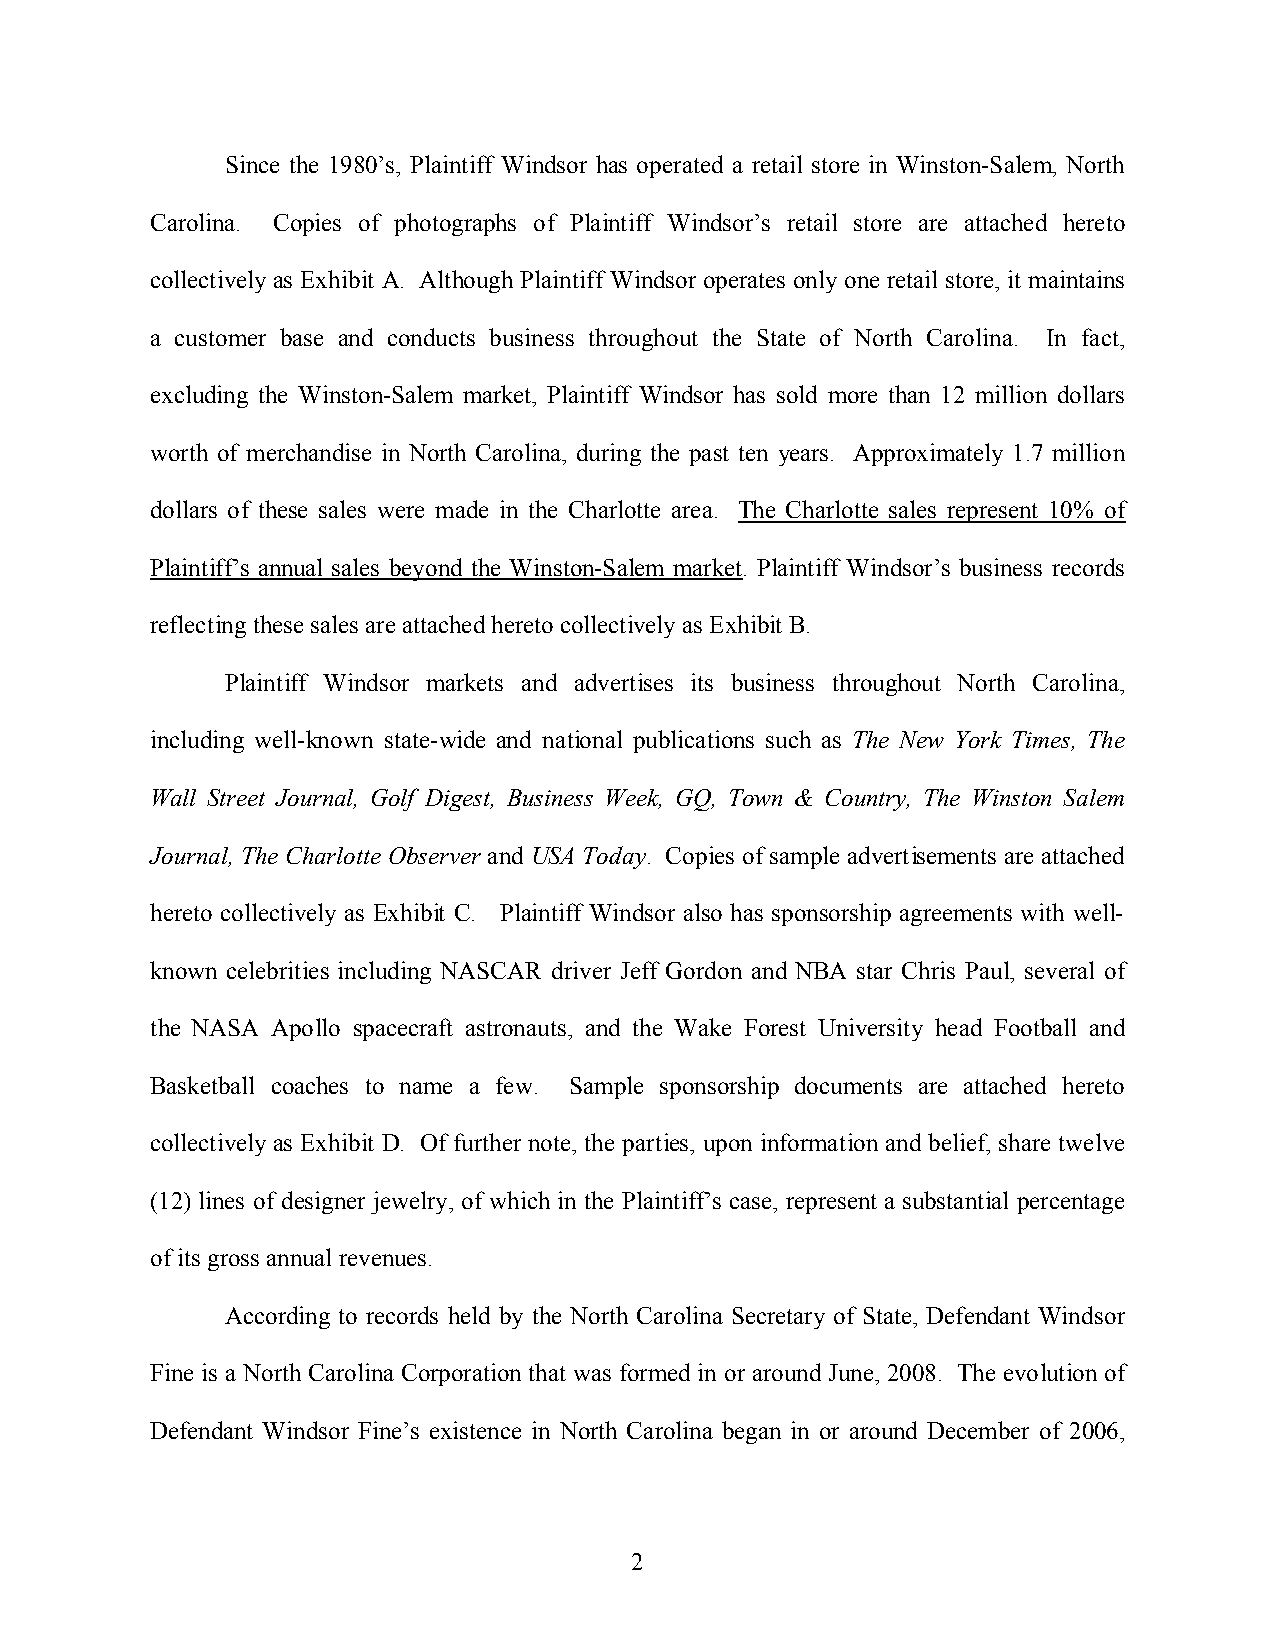
Since the 1980’s, Plaintiff Windsor has operated a retail store in Winston-Salem, North
 Carolina. Copies of photographs of Plaintiff Windsor’s retail store are attached hereto
 collectively as Exhibit A. Although Plaintiff Windsor operates only one retail store, it maintains
 a customer base and conducts business throughout the State of North Carolina. In fact,
 excluding the Winston-Salem market, Plaintiff Windsor has sold more than 12 million dollars
 worth of merchandise in North Carolina, during the past ten years. Approximately 1.7 million
 dollars of these sales were made in the Charlotte area. The Charlotte sales represent 10% of
 Plaintiff’s annual sales beyond the Winston-Salem market. Plaintiff Windsor’s business records
 reflecting these sales are attached hereto collectively as Exhibit B.
 Plaintiff Windsor markets and advertises its business throughout North Carolina,
 including well-known state-wide and national publications such as The New York Times, The
 Wall Street Journal, Golf Digest, Business Week, GQ, Town & Country, The Winston Salem
 Journal, The Charlotte Observer and USA Today. Copies ofsample advertisements are attached
 hereto collectively as Exhibit C. Plaintiff Windsor also has sponsorship agreements with well-
 known celebrities including NASCAR driver Jeff Gordon and NBA star Chris Paul, several of
 the NASA Apollo spacecraft astronauts, and the Wake Forest University head Football and
 Basketball coaches to name a few. Sample sponsorship documents are attached hereto
 collectively as Exhibit D. Of further note, the parties, upon information and belief, share twelve
 (12) lines of designer jewelry, of which in the Plaintiff’s case, represent a substantial percentage
 ofits gross annual revenues.
 According to records held by the North Carolina Secretary of State, Defendant Windsor
 Fine is a North Carolina Corporation that was formed in or around June, 2008. The evolution of
 Defendant Windsor Fine’s existence in North Carolina began in or around December of 2006,
 2